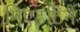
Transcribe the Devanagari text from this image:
मिएटटिनें